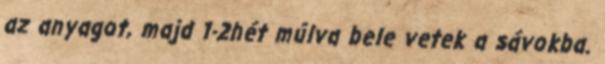
az anyagot, majd 1-2hét múlva bele vetek a sávokba.